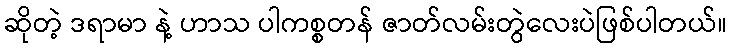
ဆိုတဲ့ ဒရာမာ နဲ့ ဟာသ ပါကစ္စတန် ဇာတ်လမ်းတွဲလေးပဲဖြစ်ပါတယ်။